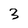
Character: 3